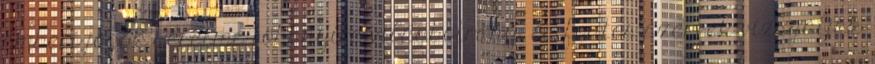
emberi jogok sérelme többnyire világbotrány, és fontos szervek vizsgálják